Report on vaccination in the Province of Bengal - 1869-1873
Year: 1869
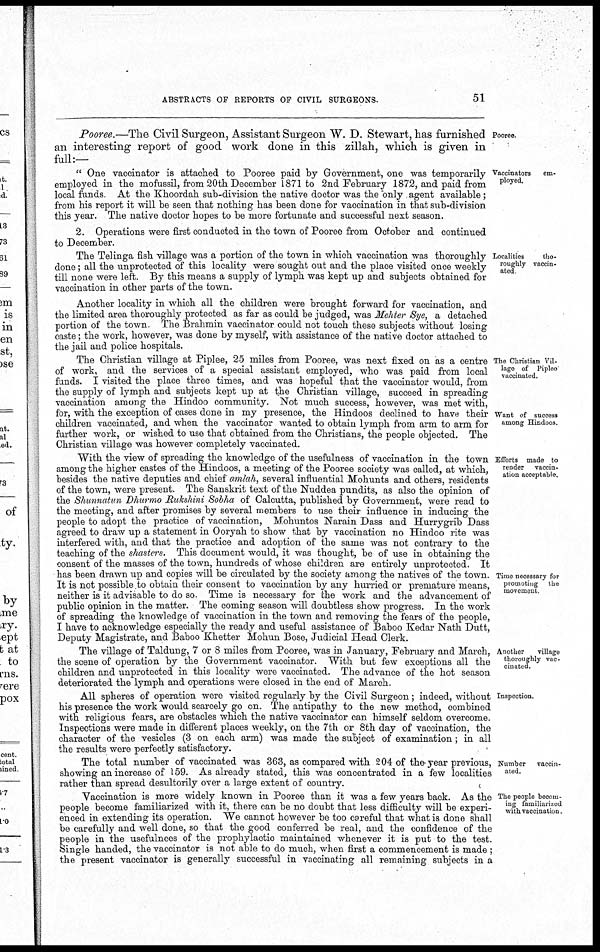
ABSTRACTS OF REPORTS OF CIVIL SURGEONS.
51
Pooree.
Pooree.—The Civil Surgeon, Assistant Surgeon W. D. Stewart, has furnished
an interesting report of good work done in this zillah, which is given in
full:—
Vaccinators
em-
ployed.
" One vaccinator is attached to Pooree paid by Government, one was temporarily
employed in the mofussil, from 20th December 1871 to 2nd February 1872, and paid from
local funds At the Khoordah sub-division the native doctor was the only , agent available;
from his report it will be seen that nothing has been done for vaccination in that sub-division
this year. The native doctor hopes to be more fortunate and successful next season.
2. Operations were first conducted in the town of Pooree from October and continued
to December.
Localities
the-
roughly vaccin-
ated
The Telinga fish village was a portion of the town in which vaccination was thoroughly
done; all the unprotected of this locality were sought out and the place visited once weekly
till none were left. By this means a supply of lymph was kept up and subjects obtained for
vaccination in other parts of the town.
Another locality in which all the children were brought forward for vaccination, and
the limited area thoroughly protected as far as could be judged, was Mehter Sye, a detached
portion of the town The Brahmin vaccinator could not touch these subjects without losing
caste; the work, however, was done by myself, with assistance of the native doctor attached to
the jail and police hospitals.
The Christian Vil-
lage of Piplee
vaccinated.
Want of success
among Hindoos.
The Christian village at Piplee, 25 miles from Pooree, was next fixed on as a centre
of work, and the services of a special assistant employed, who was paid from local
funds. I visited the place three times, and was hopeful that the vaccinator would, from
the supply of lymph and subjects kept up at the Christian village, succeed in spreading
vaccination among the Hindoo community. Not much success, however, was met with,
for, with the exception of cases done in my presence, the Hindoos declined to have their
children vaccinated, and when the vaccinator wanted to obtain lymph from arm to arm for
further work, or wished to use that obtained from the Christians, the people objected. The
Christian village was however completely vaccinated.
Efforts made to
render vaccin-
ation acceptable.
Time necessary for
promoting the
movement
With the view of spreading the knowledge of the usefulness of vaccination in the town
among the higher castes of the Hindoos, a meeting of the Pooree society was called, at which,
besides the native deputies and chief amlah, several influential Mohunts and others, residents
of the town, were present. The Sanskrit text of the Nuddea pundits, as also the opinion of
the Shunnatun Dhurmo Rukshini Sobha of Calcutta, published by Government, were read to
the meeting, and after promises by several members to use their influence in inducing the
people to adopt the practice of vaccination, Mohuntos Narain Dass and Hurrygrib Dass
agreed to draw up a statement in Ooryah to show that by vaccination no Hindoo rite was
interfered with, and that the practice and adoption of the same was not contrary to the
teaching of the shasters. This document would, it was thought, be of use in obtaining the
consent of the masses of the town, hundreds of whose children are entirely unprotected. It
has been drawn up and copies will be circulated by the society among the natives of the town.
It is not possible to obtain their consent to vaccination by any hurried or premature means,
neither is it advisable to do so Time is necessary for the work and the advancement of
public opinion in the matter. The coming season will doubtless show progress. In the work
of spreading the knowledge of vaccination in the town and removing the fears of the people,
I have to acknowledge especially the ready and useful assistance of Baboo Kedar Nath Dutt,
Deputy Magistrate, and Baboo Khetter Mohun Bose, Judicial Head Clerk.
Another
village
thoroughly vac-
cinated.
The village of Taldung, 7 or 8 miles from Pooree, was in January, February and March,
the scene of operation by the Government vaccinator. With but few exceptions all the
children and unprotected in this locality were vaccinated. The advance of the hot season
deteriorated the lymph and operations were closed in the end of March.
Inspection.
All spheres of operation were visited regularly by the Civil Surgeon; indeed, without
his presence the work would scarcely go on. The antipathy to the new method, combined
with religious fears, are obstacles which the native vaccinator can himself seldom overcome.
Inspections were made in different places weekly, on the 7th or 8th day of vaccination, the
character of the vesicles (3 on each arm) was made the subject of examination; in all
the results were perfectly satisfactory.
Number vaccin-
ated.
The total number of vaccinated was 363, as compared with 204 of the year previous,
showing an increase of 159. As already stated, this was concentrated in a few localities
rather than spread desultorily over a large extent of country.
The people becom-
ing familiarized
with vaccination.
Vaccination is more widely known in Pooree than it was a few years back. As the
people become familiarized with it, there can be no doubt that less difficulty will be experi-
enced in extending its operation. We cannot however be too careful that what is done shall
be carefully and well done, so that the good conferred be real, and the confidence of the
people in the usefulnees of the prophylactic maintained whenever it is put to the test.
Single handed, the vaccinator is not able to do much, when first a commencement is made ;
the present vaccinator is generally successful in vaccinating all remaining subjects in a